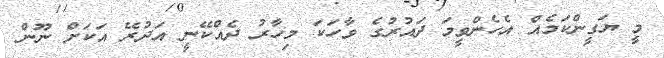
މީ ޔަގީންކަމެއް އެހެންވީމަ ދައުރުގެ ވާހަކަ މިހާރު ދެއްކޭނީ އަދުރޭ އަކަށް ނޫން